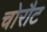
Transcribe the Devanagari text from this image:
चोरौट